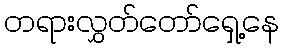
တရားလွှတ်တော်ရှေ့နေ